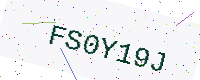
Text: FS0Y19J